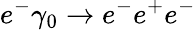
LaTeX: e^{-}\gamma_{0}\rightarrow e^{-}e^{+}e^{-}